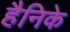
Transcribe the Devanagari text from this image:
हैनिके